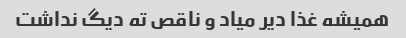
همیشه غذا دیر میاد و ناقص ته دیگ نداشت